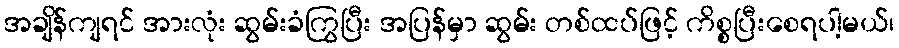
အချိန်ကျရင် အားလုံး ဆွမ်းခံကြွပြီး အပြန်မှာ ဆွမ်း တစ်ထပ်ဖြင့် ကိစ္စပြီးစေရပါ့မယ်၊